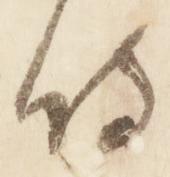
侍